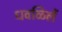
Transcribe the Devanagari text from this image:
धवळिलें